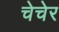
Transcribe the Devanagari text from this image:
चेचेर